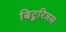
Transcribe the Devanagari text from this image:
बिटुरिजस